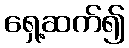
ရှေ့ဆက်၍